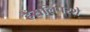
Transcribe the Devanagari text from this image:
हैंसलिपरशे